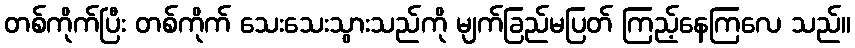
တစ်ကိုက်ပြီး တစ်ကိုက် သေးသေးသွားသည်ကို မျက်ခြည်မပြတ် ကြည့်နေကြလေ သည်။